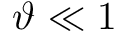
\vartheta \ll 1